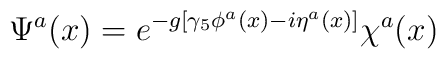
\Psi^a(x) = e^{-g[\gamma_5 \phi^a(x) - i \eta^a(x)]}\chi^a(x)